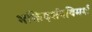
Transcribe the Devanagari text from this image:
भक्तिदर्शनविमर्श